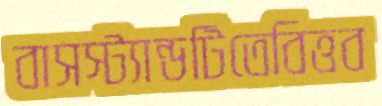
বাসস্ট্যান্ডটিতেবিত্তব